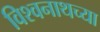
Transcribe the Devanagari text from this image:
विश्वनाथच्या